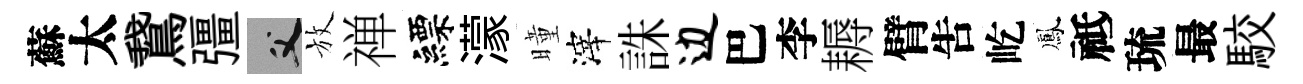
蘇太鵞彊父放禅縹濛曈滓誅边巴李耨臂吿屹鳳祗琉最駮